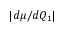
| d \mu / d Q _ { 1 } |